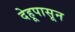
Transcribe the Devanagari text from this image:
देहूपासून